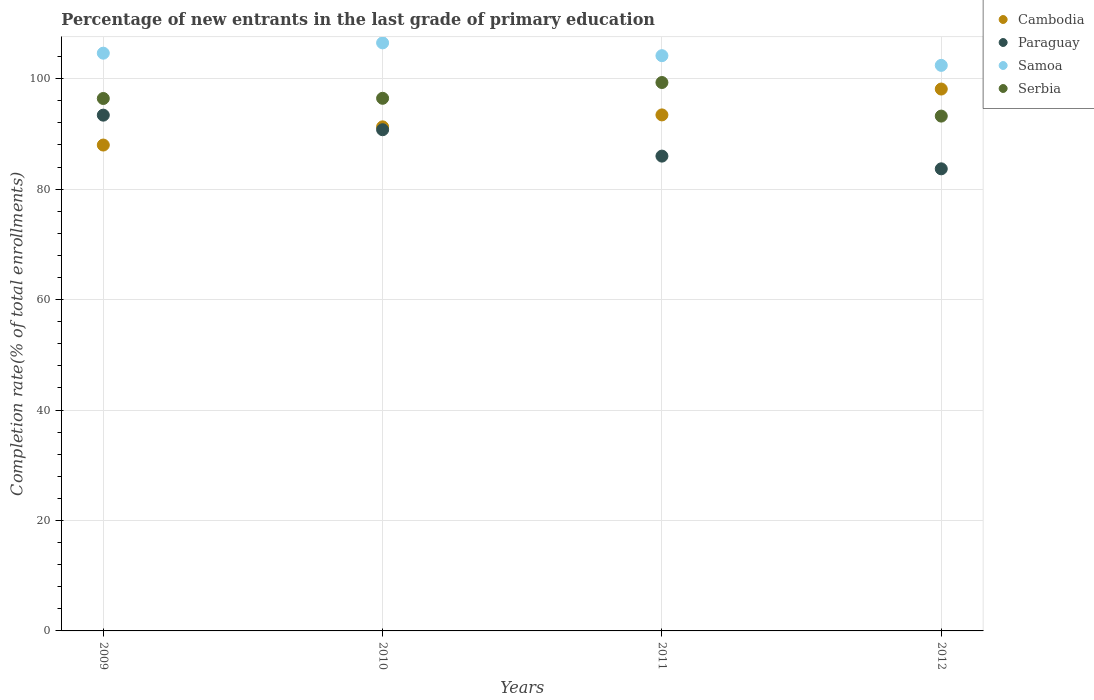
| Years | Cambodia | Paraguay | Samoa | Serbia |
 | --- | --- | --- | --- | --- |
 | 2009 | 88 | 93.4 | 105 | 96.4 |
 | 2010 | 91.3 | 90.8 | 106 | 96.4 |
 | 2011 | 93.4 | 86 | 104 | 99.3 |
 | 2012 | 98.1 | 83.7 | 102 | 93.2 |